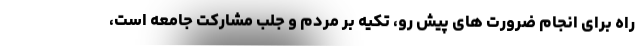
راه برای انجام ضرورت های پیش رو، تکیه بر مردم و جلب مشارکت جامعه است،